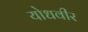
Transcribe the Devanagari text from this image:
योधवीर